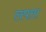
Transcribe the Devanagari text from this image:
लपता